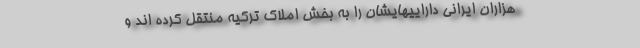
هزاران ایرانی داراییهایشان را به بخش املاک ترکیه منتقل کرده اند و